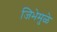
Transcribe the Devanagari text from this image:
जिभेमुळे